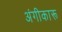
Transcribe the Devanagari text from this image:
अंगीकारू